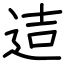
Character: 迼